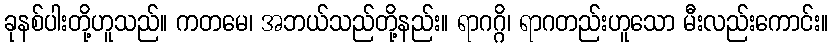
ခုနစ်ပါးတို့ဟူသည်။ ကတမေ၊ အဘယ်သည်တို့နည်း။ ရာဂဂ္ဂိ၊ ရာဂတည်းဟူသော မီးလည်းကောင်း။